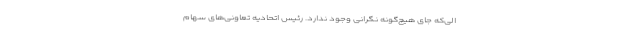
الی‌که جای هیچ‌گونه نگرانی وجود ندارد. رئیس اتحادیه تعاونی‌های سهام